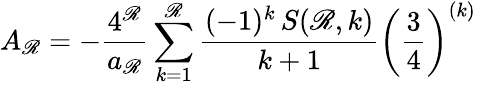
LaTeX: A_{\mathscr{R}}=-{\frac{{4^{\mathscr{R}}}}{{a_{\mathscr{R}}}}}\sum_{k=1}^{\mathscr{R}}{\frac{{(-1)^{k}\, S(\mathscr{R},k)}}{{k+1}}}\left({\frac{{3}}{{4}}}\right)^{(k)}